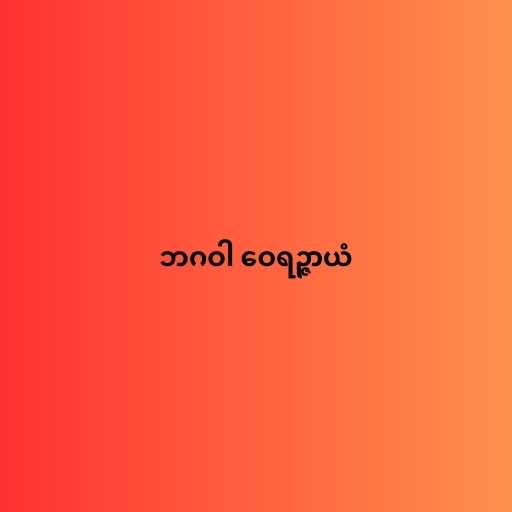
ဘဂဝါ ဝေရဉ္ဇာယံ